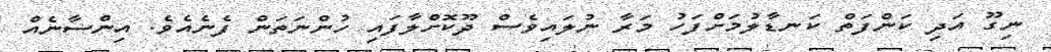
ނިގޫ އަދި ކަންފަތް ކަނޑާލުމަށްފަހު މަރާ ނުލައިވެސް ދޫކޮށްލާފައި ހުންނަތަން ފެނެއެވެ. އިންސާނެއް